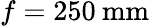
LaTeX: f=250\: \mathrm{mm}